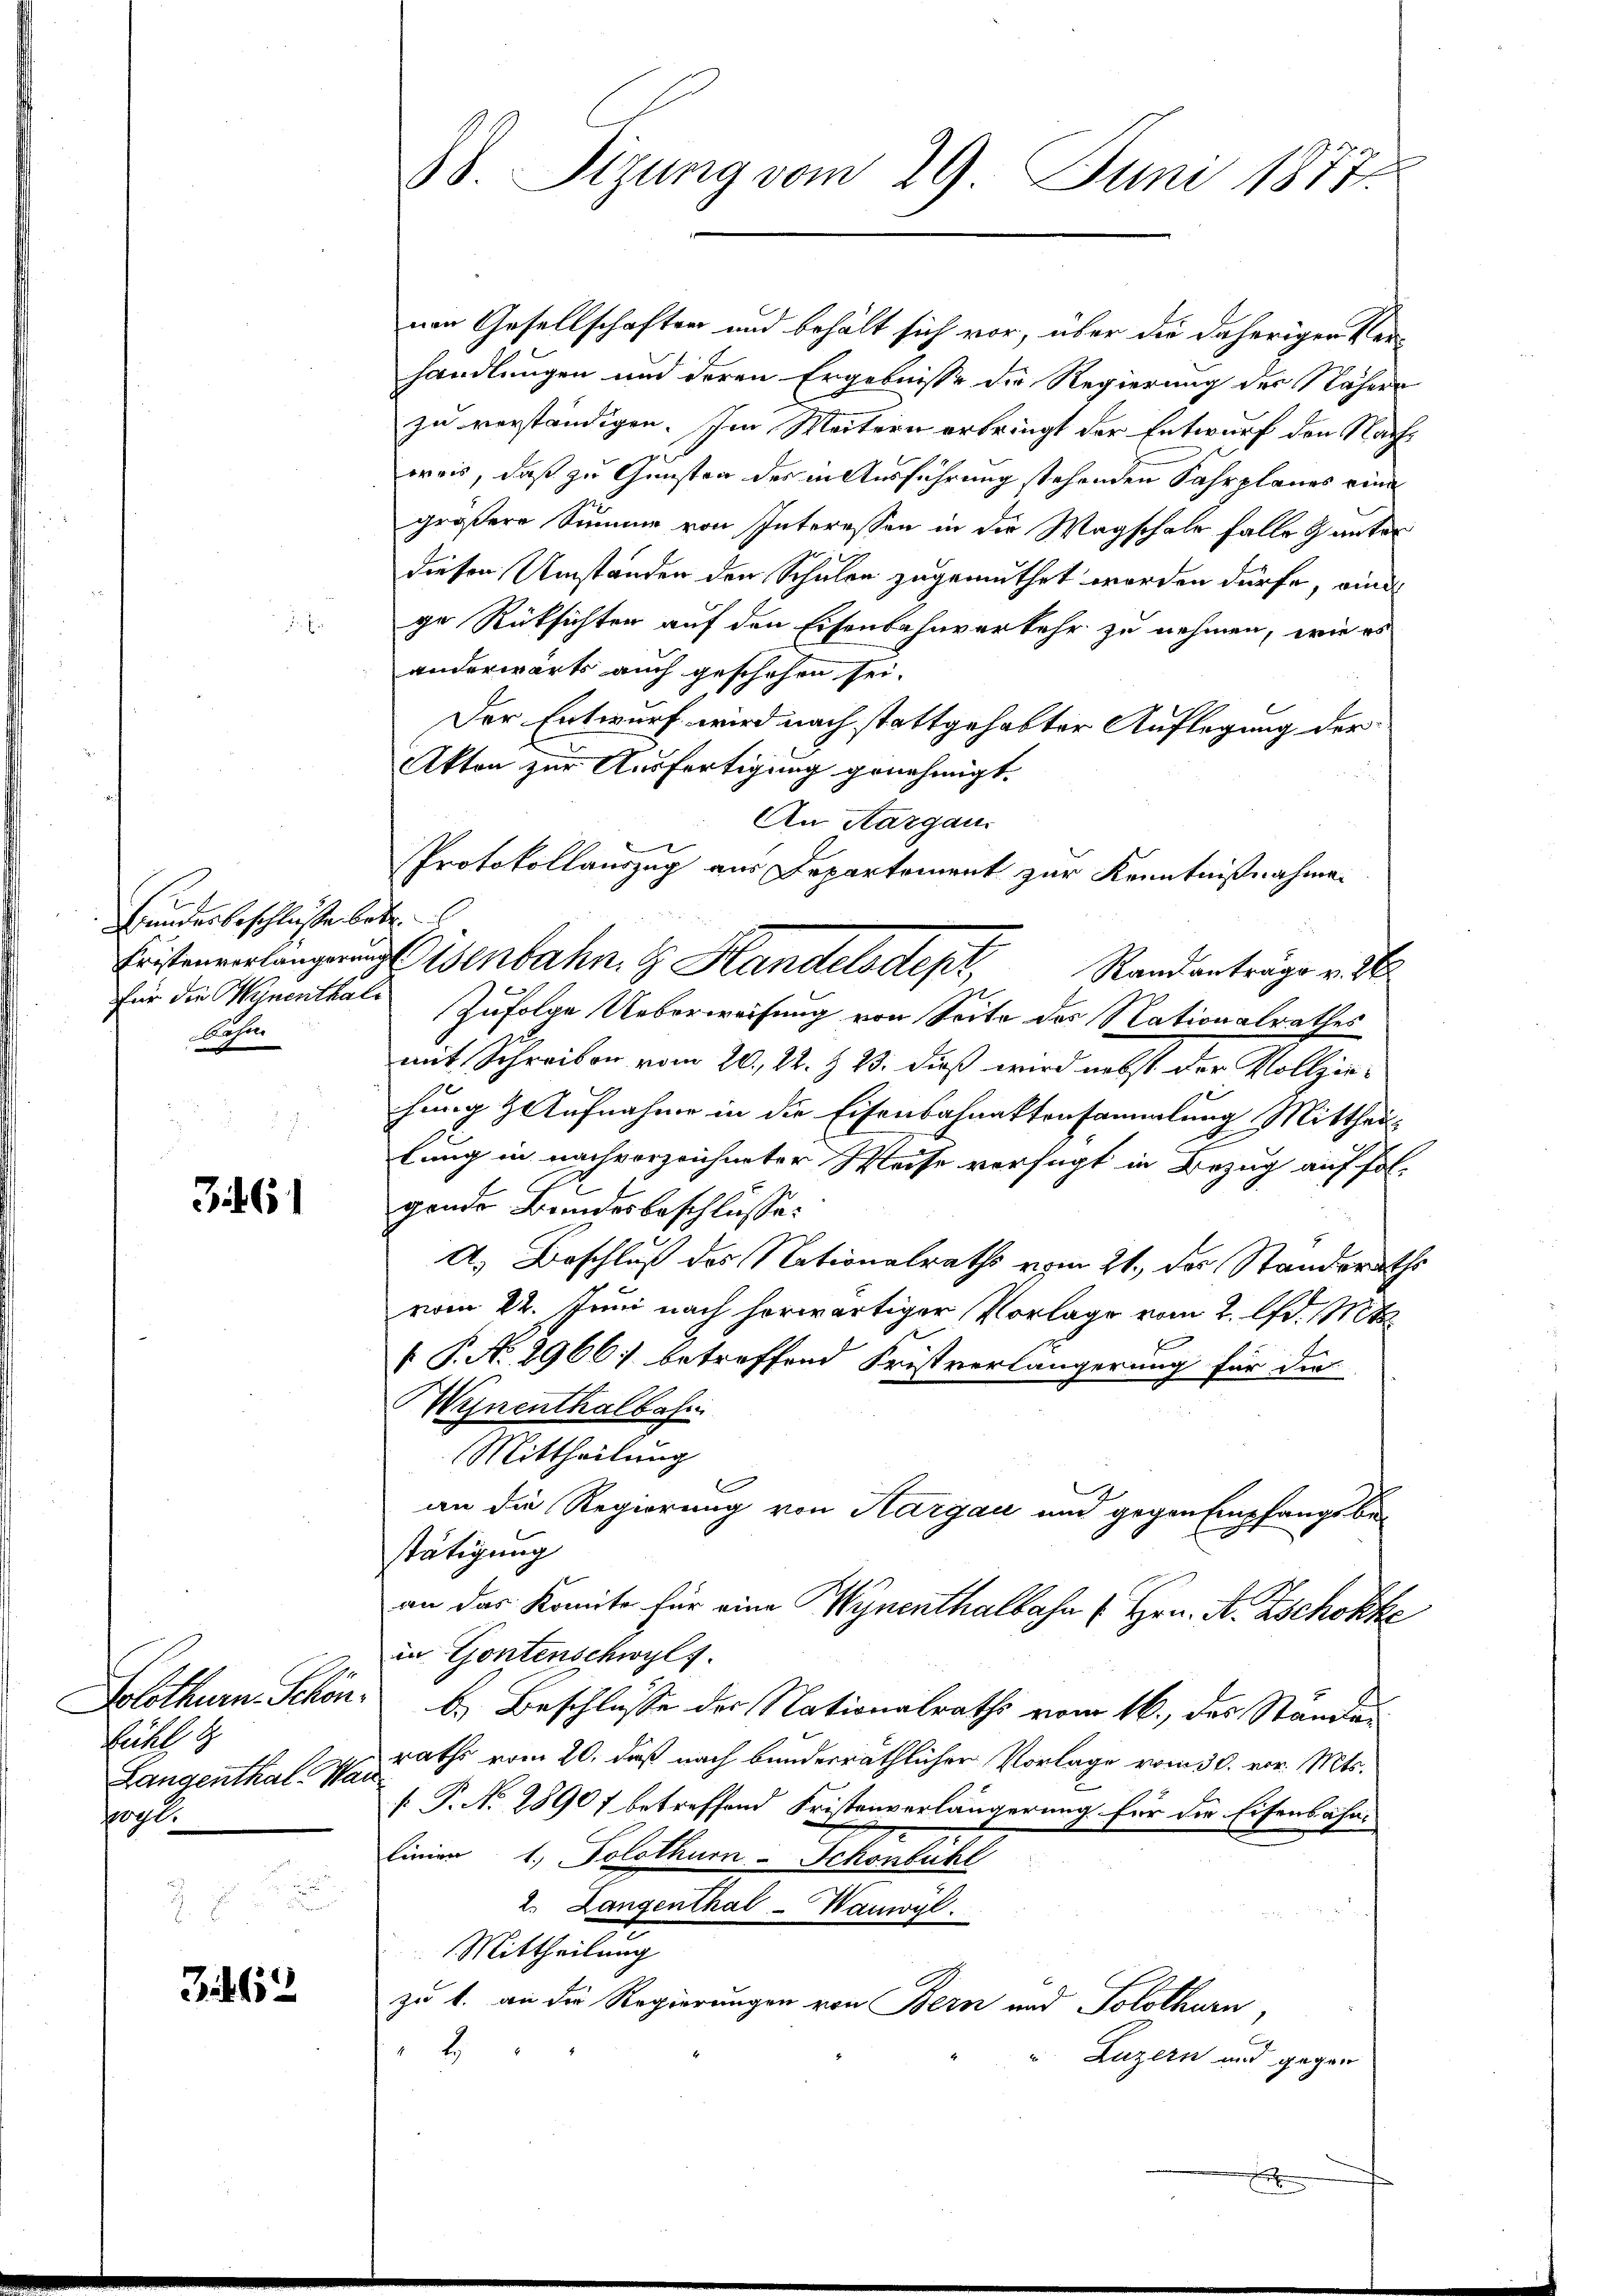
Bundesbeschlüsse betr.
Rasen

E

34. 61

tg
Langenthal. Wan
1090.

Zif. 612

von Gesellschaften und behält sich vor, über die daherigen Verhandlungen und deren Ergebnisse die Regierung der Nähern
zu verständigen. Im Weitern erbringt der Entwurf den Nachpreis, daß zu Gunsten des in Ausführung stehenden Fahrplanes eine
größere Summe von Interessen in die Wagschale falle unter
diesen Umständen den Schulen zugemuthet worden dürfe, eine
ge Rücksichten auf den Eisenbahnverkehr zu nehmen, wie es
anderwärts auch geschehen sei.
Der Entwurf wird nach stattgehabter Auflegung der
Akton zur Ausfertigung genehmigt.
An Aargau.
Protokollauszug aus Departement zur Kenntnißnahmen
Eristenenlangung Eisenbahn. G. Handelsdepr
Randanträge v. 26
für die Wynenthal zufolge Ueberweisung von Seite des Nationalrathes
mit Schreiben vom 20. 22. & 23. dieß wird nebst der Vollziehung & Aufnahme in die Eisenbahnaktensammlung Mittheil
A
lung in nach vorzeichneter Weise verfügt in Bezug auf fol-
gende Bundesbeschlusse:
A. Beschluß des Nationalraths vom 21., das Standsraths
vom 22. Juni nach herwärtiger Vorlage vom 2. d. Mts.
 P. No. 2966; betreffend Fristverlängerung für die
Wynenthalbahn
Mittheilung
an die Regierung von Kargau und gegen Empfangsbestätigung
an das Komite für eine Wynenthalbahn (Hrn. A. Zschokke
in Gontenschwyl f.
Solothurn-Schön b.) Beschlusse der Nationalraths vom 16., des Standen
raths vom 20. daß nach bunderräthlicher Vorlage vom 30. vor. Mts.
[ P. No 28907 betreffend Fristenverlängerung für die Eisenbahn-
Linie 1, Solothurn. Schönbühl
2. Langenthal-Wauwyl
 Mittheilung
zu 1. an die Regierungen von Bern und Solothurn,
2
Luzern und gegen
E

38. Sizung vom 29. Juni 1877.